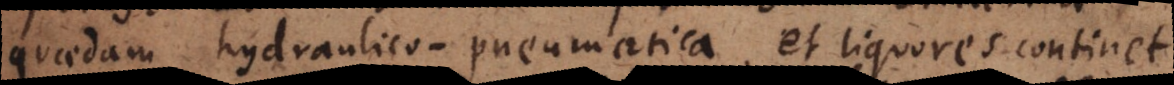
quaedam hydraulico‐pneumatica, et liquores continet